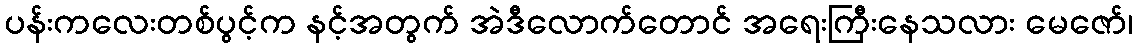
ပန်းကလေးတစ်ပွင့်က နင့်အတွက် အဲဒီလောက်တောင် အရေးကြီးနေသလား မေဇော်၊